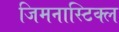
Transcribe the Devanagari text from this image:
जिमनास्टिक्ल